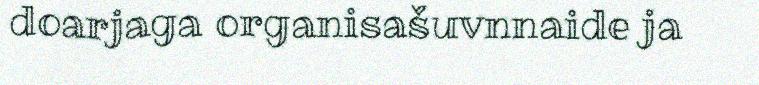
doarjaga organisašuvnnaide ja